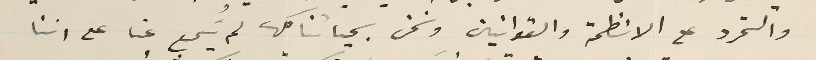
والتمرد على الانظمة والقوانين ونحن بحياتنا كلها لم يُسَمع عنا على اننا